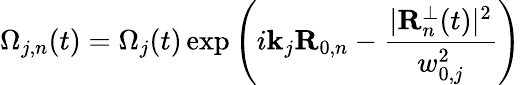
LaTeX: \Omega_{j,n}(t)=\Omega_{j}(t)\exp\left(i\mathbf{k}_{j}\mathbf{R}_{0,n}-\frac{\vert\mathbf{R}_{n}^{\perp}(t)\vert^{2}}{w_{0,j}^{2}}\right)